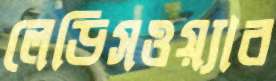
লেডিসওয়্যার